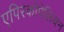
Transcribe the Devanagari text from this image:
एपिस्कोपेलियन